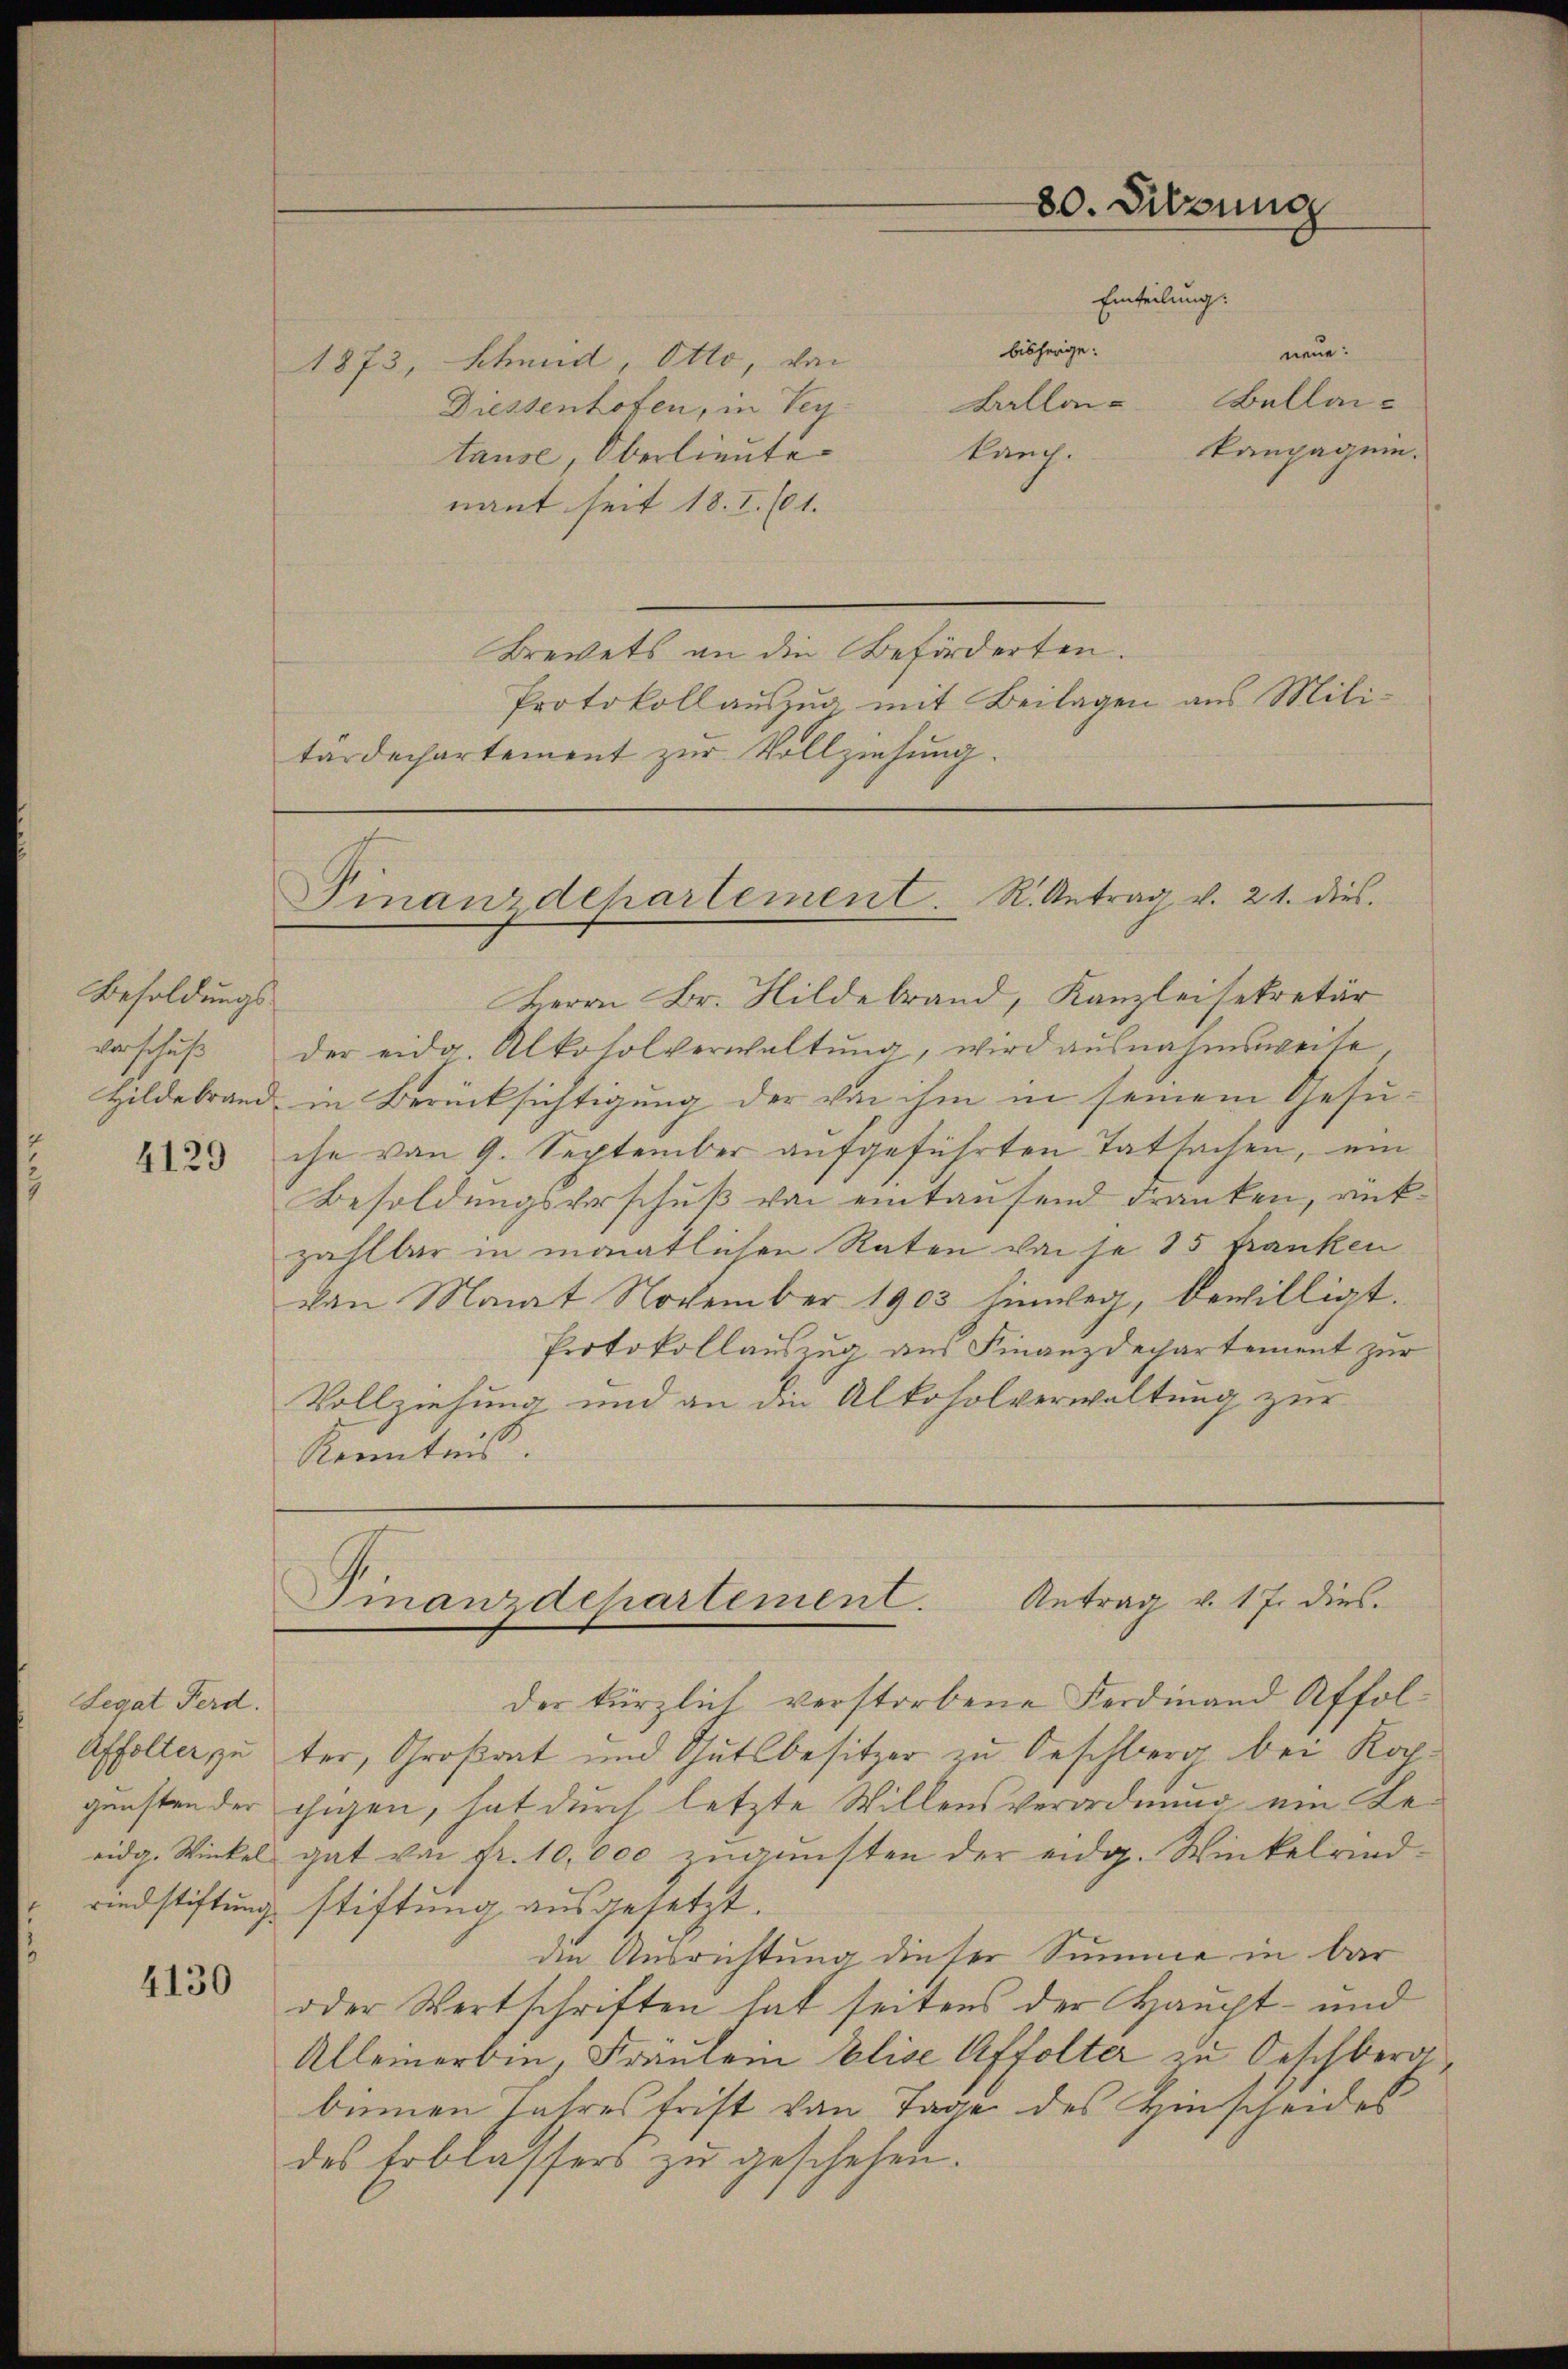
Besoldungsverschuß

4129

Legat Ferd.

4130

bisherige:
Schmid Otto, von
Kallai
Diessenhofen, in Tey
kauch.
tause, Oberlieute
nant seit 18. I. 601.
Brevets an die Beförderten.
Protokollauszug mit Beilagen aus Mili-
tardechartement zur Vollziehung.

1873,

80. Sitzung
Einteilung:

neue
Bellankompagnie.

Pinawdehartement R. Antrag v. 21. dies

Herrn Br. Hildebrand, Kanzleisekretär
der eidg. Alkosolverwaltŭng, wird ausnahmsweite
Hildebrand in Berücksichtigung der von ihm in seinem Gesuche von 9. September aufgeführten Tatsachen, ein
Besoldungsverschuß von eintaufend Franken, rükzahlbar in monatlichen Raten von se 15 Franken
van Monat November 1903 hinweg, bewilligt.
Protokollauszug aus Finanzdechartement zur
Vollziehung und an die Alkoholverwaltung zur
Kenntnis.

Finanzdepartement. Antrag v. 17. dies

der kürzlich verstorbene Ferdinand Affol¬
Affolter zu ter, Großrat und Gutsbesitzer zu Oeschberg bei Kochgunsten der chigen, hat durch letzte Willensverordnung ein Beeidg. Winkel gat von fr. 10,000 zugunsten der eidg. Winkelrindrindstiftung stiftung ausgesetzt.
den Ausrichtung dieser Summe in bar
oder Wertschriften hat seitens der Haupt- und
Alleinerbin, Fräulein Elise Affolter zu Geschberg
binnen Jahresfrist von Tage des Hinscheides
des Erblassers zu geschehen.